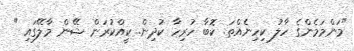
"މަންމަމެންގެ ހާލު ކިހިނެއްތަ. ކޮބާ ހުރިހާ ކުދިން. ކީއްކުރަން ޝޭން މާލޭގައި "